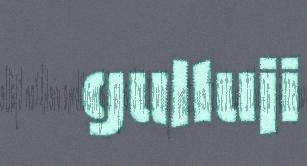
gulluji